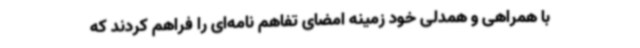
با همراهی و همدلی خود زمینه امضای تفاهم نامه‌ای را فراهم کردند که